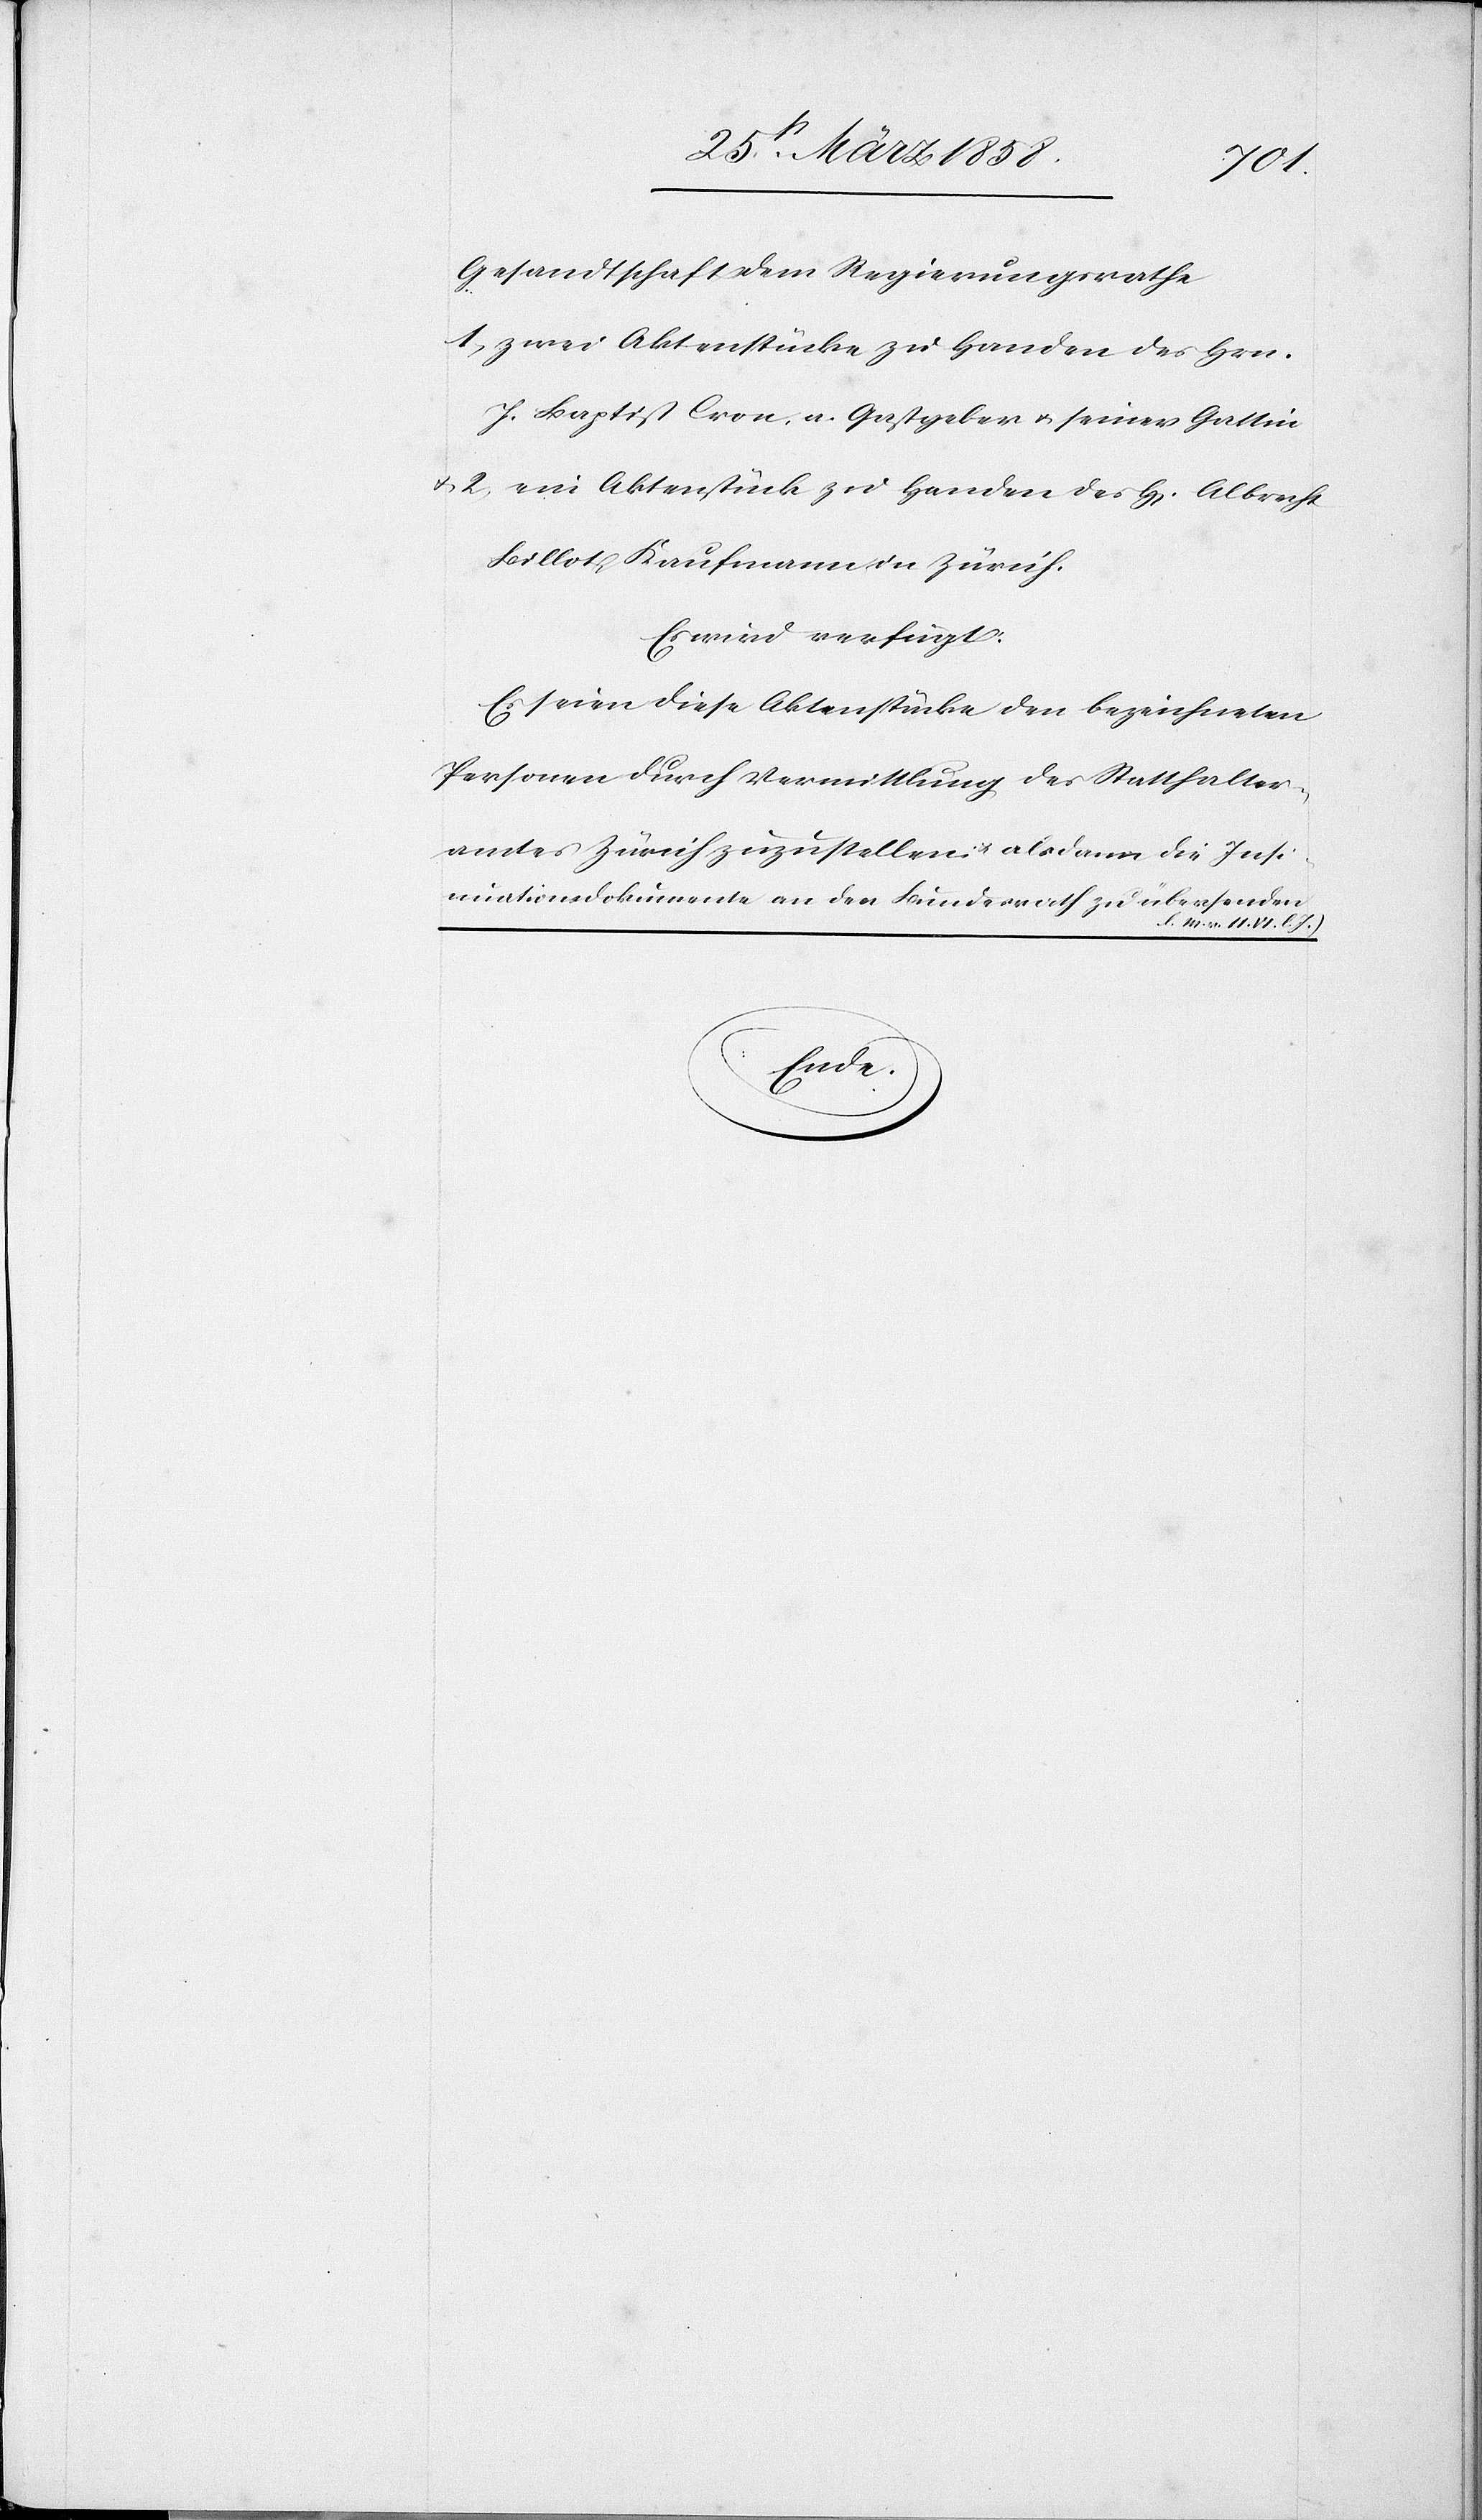
Gesandtschaft dem Regierungsrathe
1) zwei Aktenstücke zu Handen des Hrn.
J. Baptist Cron, a. Gastgeber u. seiner Gattin
u. 2) ein Aktenstück zu Handen des H[errn] Albrecht
Billot, Kaufmann in Zürich.
Es wird verfügt:
Es seien diese Aktenstücke den bezeichneten
Personen durch Vermittlung des Statthalter¬
amtes Zürich zuzustellen u. alsdann die Insi¬
nuationsdokumente an den Bundesrath zu übersenden
(l. M. v. 11. VI. l. J.)